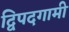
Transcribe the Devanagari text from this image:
द्विपदगामी